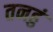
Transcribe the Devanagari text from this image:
तनहुं